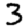
Digit: 3